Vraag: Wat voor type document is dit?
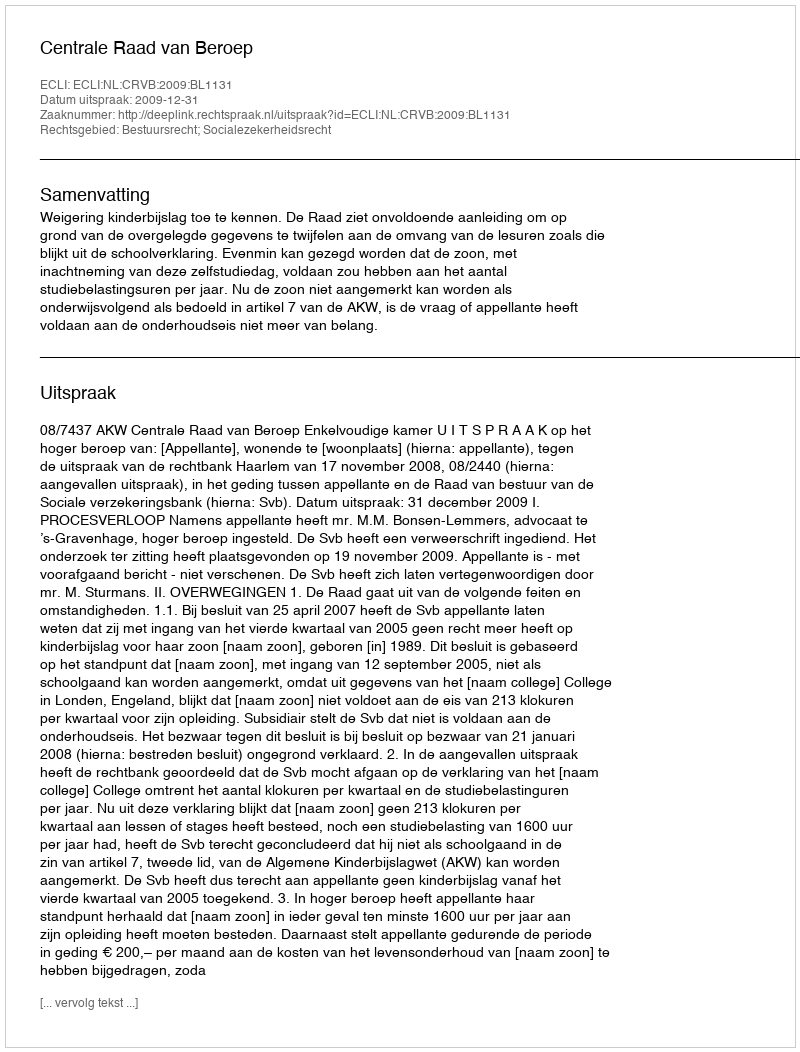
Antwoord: Uitspraak